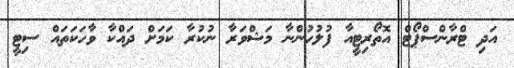
އަދި ޓްރާންސްޕޯޓް އޮތޯރިޓީއާ ފުލުހުންނާ މަޝްވަރާ ނުކުރާ ކަމަށް ދައްކާ ވާހަކަތައް ސިޓީ